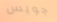
جويس